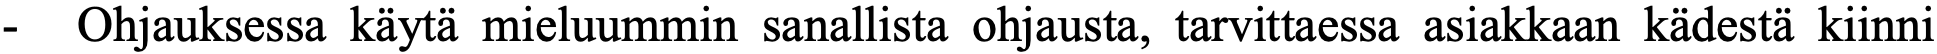
-  Ohjauksessa käytä mieluummin sanallista ohjausta, tarvittaessa asiakkaan kädestä kiinni